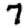
Digit: 7